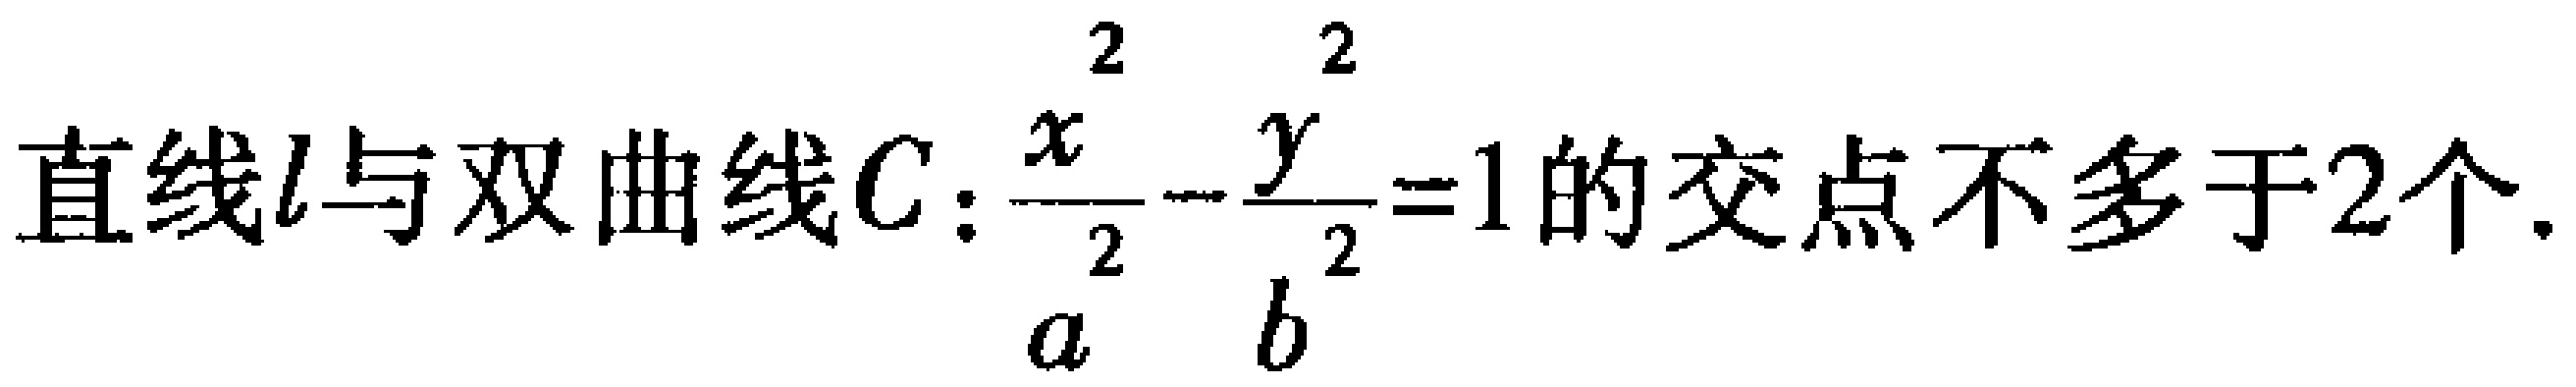
直线\(l\)与双曲线\(C:\frac{x^{2}}{a^{2}} - \frac{y^{2}}{b^{2}}=1\)的交点不多于\(2\)个.